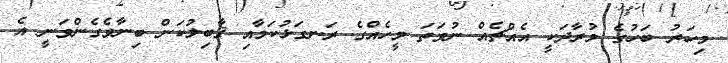
މިހަރު ބަހުގެ މުރާދަކީ އެއްޗެއް ނުވަތަ މީހެއްގެ ރަނގަޅުކަމާއި ޤާބިލުކަން ބިނާވެގެންވަނީ އެ